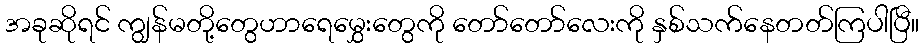
အခုဆိုရင် ကျွန်မတို့တွေဟာရေမွှေးတွေကို တော်တော်လေးကို နှစ်သက်နေတတ်ကြပါပြီ။